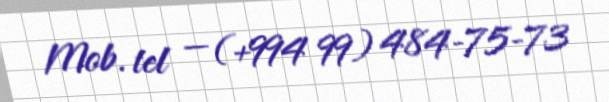
Mob. tel — (+994 99) 484-75-73